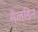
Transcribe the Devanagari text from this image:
सॅलडिन